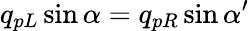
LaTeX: q_{pL}\sin\alpha=q_{pR}\sin\alpha^{\prime}